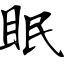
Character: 眠